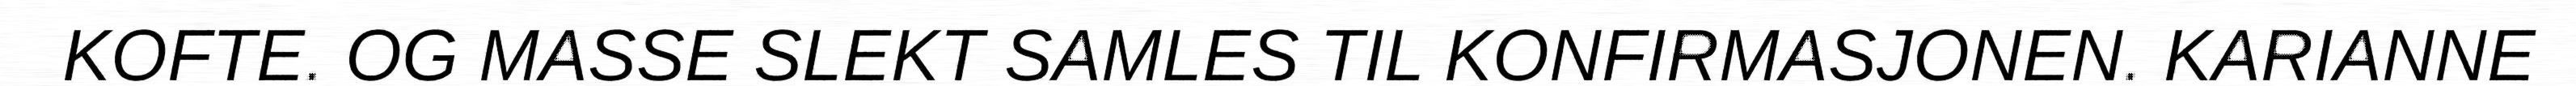
KOFTE. OG MASSE SLEKT SAMLES TIL KONFIRMASJONEN. KARIANNE